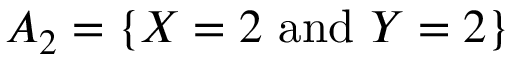
A _ { 2 } = \{ X = 2 { \mathrm { ~ a n d ~ } } Y = 2 \}